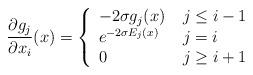
LaTeX: \begin{align*}\frac{\partial g_j}{\partial x_i}(x)=\left\{\begin{array}{ll}-2\sigma g_j(x) & \: j \le i-1\\e^{-2\sigma E_j(x)}& \: j = i\\0 & \: j \ge i+1\\\end{array}\right.\end{align*}